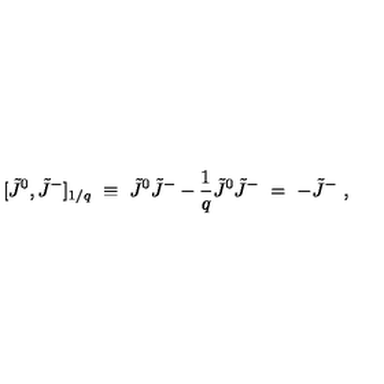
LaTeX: [ \tilde { J } ^ { 0 } , \tilde { J } ^ { - } ] _ { 1 / q } \ \equiv \ \tilde { J } ^ { 0 } \tilde { J } ^ { - } - \frac { 1 } { q } \tilde { J } ^ { 0 } \tilde { J } ^ { - } \ = \ - \tilde { J } ^ { - } \ ,